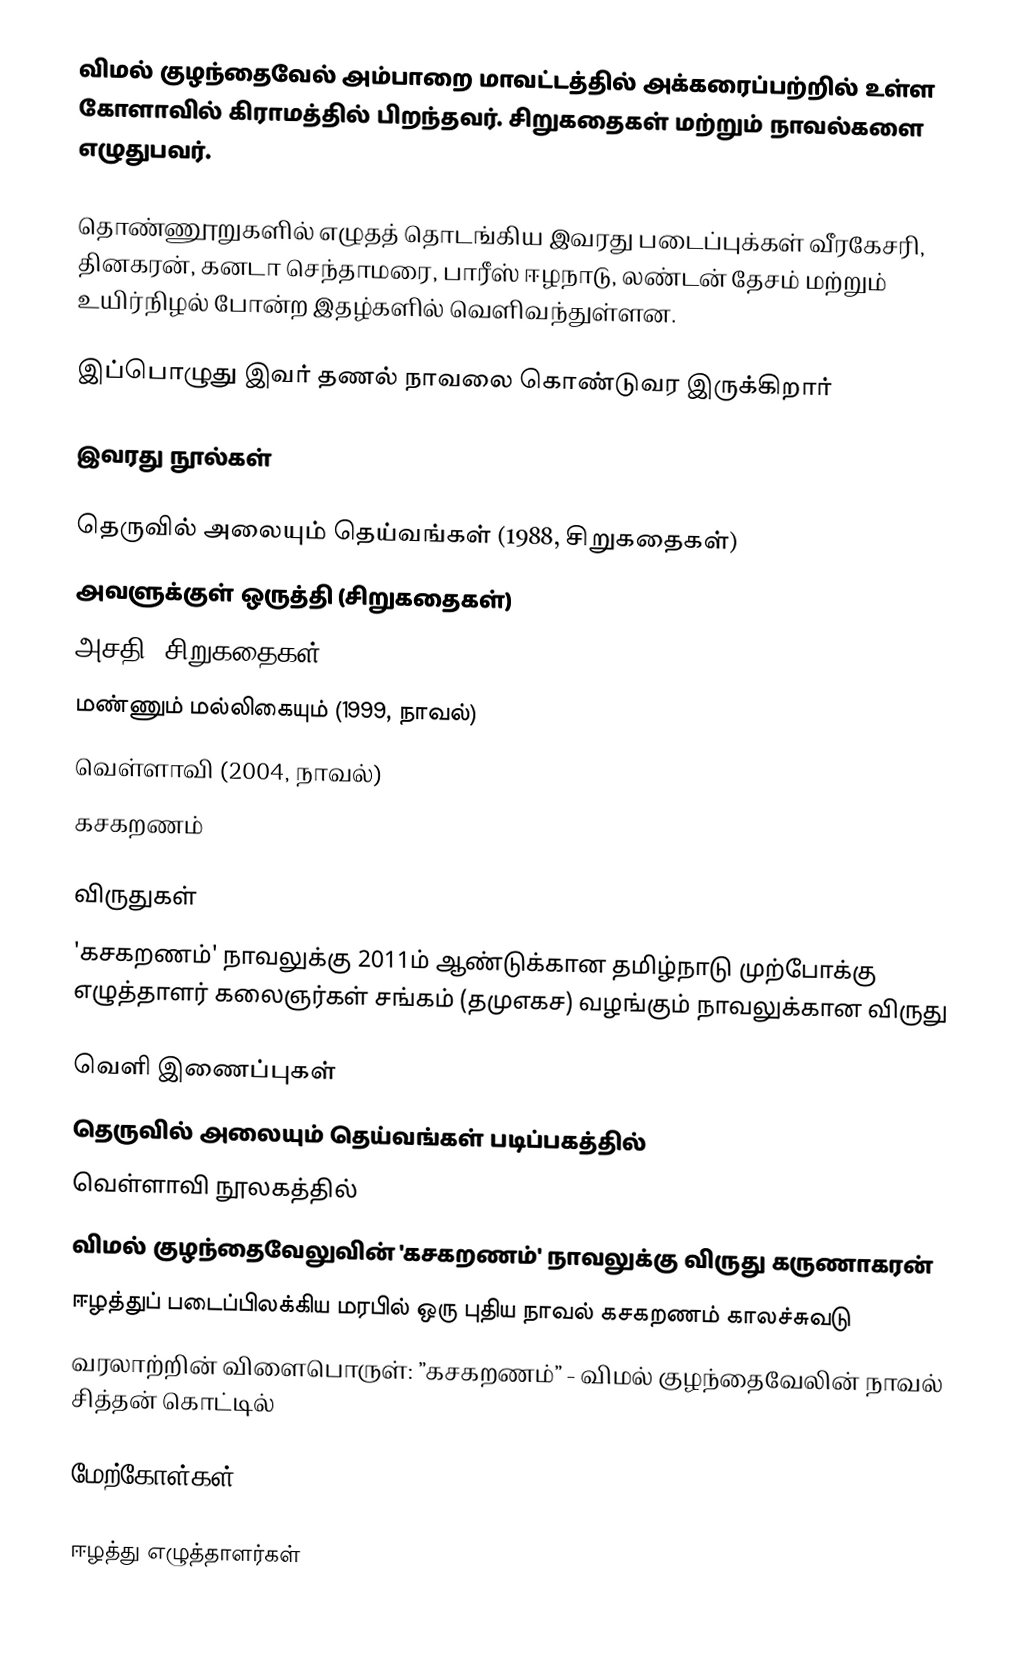
விமல் குழந்தைவேல் அம்பாறை மாவட்டத்தில் அக்கரைப்பற்றில் உள்ள கோளாவில் கிராமத்தில் பிறந்தவர். சிறுகதைகள் மற்றும் நாவல்களை எழுதுபவர்.

தொண்ணூறுகளில் எழுதத் தொடங்கிய இவரது படைப்புக்கள் வீரகேசரி, தினகரன், கனடா செந்தாமரை, பாரீஸ் ஈழநாடு, லண்டன் தேசம் மற்றும் உயிர்நிழல் போன்ற இதழ்களில் வெளிவந்துள்ளன.

இப்பொழுது இவர் தணல் நாவலை கொண்டுவர இருக்கிறார்

இவரது நூல்கள்

 தெருவில் அலையும் தெய்வங்கள் (1988, சிறுகதைகள்)
 அவளுக்குள் ஒருத்தி (சிறுகதைகள்)
 அசதி (சிறுகதைகள்)
 மண்ணும் மல்லிகையும் (1999, நாவல்)
 வெள்ளாவி (2004, நாவல்)
 கசகறணம்

விருதுகள்
 'கசகறணம்' நாவலுக்கு 2011ம் ஆண்டுக்கான தமிழ்நாடு முற்போக்கு எழுத்தாளர் கலைஞர்கள் சங்கம் (தமுஎகச) வழங்கும் நாவலுக்கான விருது

வெளி இணைப்புகள்
 தெருவில் அலையும் தெய்வங்கள் படிப்பகத்தில்
 வெள்ளாவி நூலகத்தில்
 விமல் குழந்தைவேலுவின் 'கசகறணம்' நாவலுக்கு விருது கருணாகரன்
 ஈழத்துப் படைப்பிலக்கிய மரபில் ஒரு புதிய நாவல் கசகறணம் காலச்சுவடு
 வரலாற்றின் விளைபொருள்: ”கசகறணம்” - விமல் குழந்தைவேலின் நாவல் சித்தன் கொட்டில்

மேற்கோள்கள்

ஈழத்து எழுத்தாளர்கள்